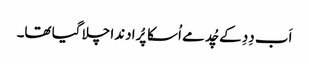
اَب دِدِ کے چُد مے اُسکا پُرا دندا چلا گیا تھا۔